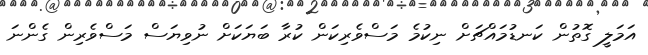
އަމަލީ ގޮތުން ކަނޑުމައްޗަށް ނިކުމެ މަސްވެރިކަން ކުރާ ބަޔަކަށް ނުވިޔަސް މަސްވެރިން ގެންނަ